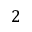
2